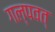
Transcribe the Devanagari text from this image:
गल्पवत्